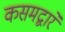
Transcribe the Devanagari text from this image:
कसमद्वारे